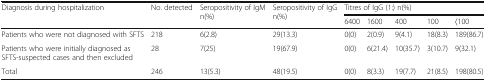
| <ROWSPAN=2> Diagnosis during hospitalization | <ROWSPAN=2> No. detected | <ROWSPAN=2> Seropositivity of IgMn(%) | <ROWSPAN=2> Seropositivity of IgGn(%) | <COLSPAN=5> Titres of IgG (1:) n(%) |
 | 6400 | 1600 | 400 | 100 | 〈100 |
 | --- | --- | --- | --- | --- | --- | --- | --- | --- |
 | Patients who were not diagnosed with SFTS | 218 | 6(2.8) | 29(13.3) | 0(0) | 2(0.9) | 9(4.1) | 18(8.3) | 189(86.7) |
 | Patients who were initially diagnosed as SFTS-suspected cases and then excluded | 28 | 7(25) | 19(67.9) | 0(0) | 6(21.4) | 10(35.7) | 3(10.7) | 9(32.1) |
 | Total | 246 | 13(5.3) | 48(19.5) | 0(0) | 8(3.3) | 19(7.7) | 21(8.5) | 198(80.5) |